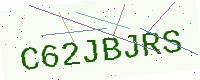
Text: C62JBJRS